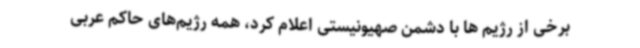
برخی از رژیم ها با دشمن صهیونیستی اعلام کرد، همه رژیم‌های حاکم عربی